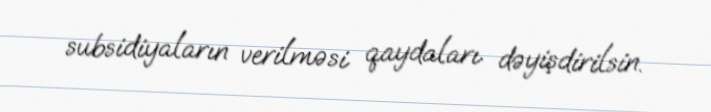
subsidiyaların verilməsi qaydaları dəyişdirilsin.